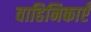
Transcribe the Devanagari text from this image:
वाहिनिकाएँ